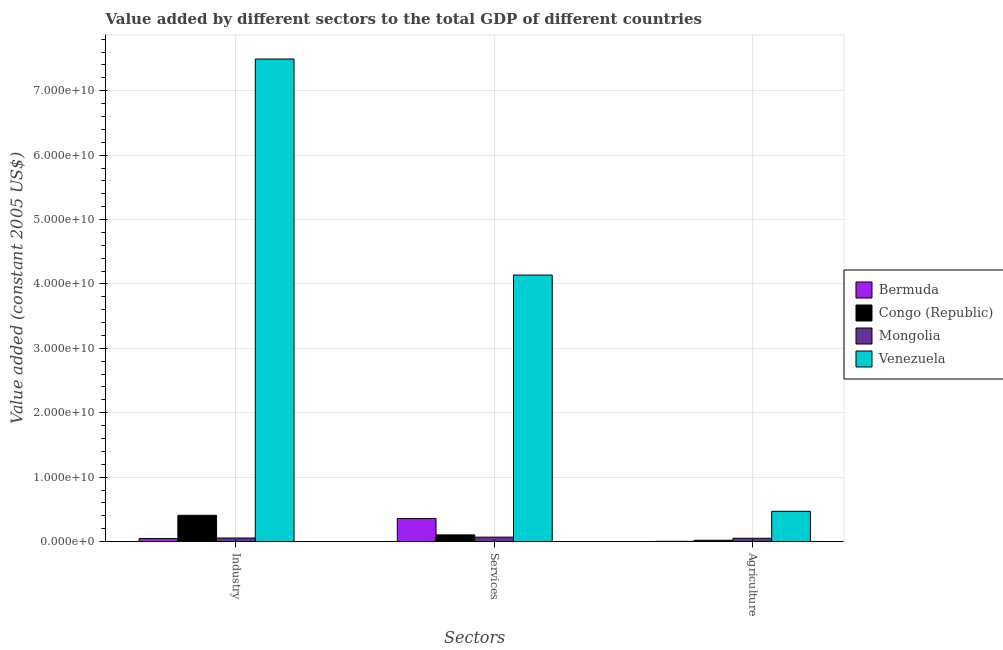
| Sectors | Bermuda | Congo (Republic) | Mongolia | Venezuela |
 | --- | --- | --- | --- | --- |
 | Industry | 4.76e+08 | 4.08e+09 | 5.49e+08 | 7.49e+10 |
 | Services | 3.57e+09 | 1.04e+09 | 6.86e+08 | 4.14e+10 |
 | Agriculture | 3.15e+07 | 2.03e+08 | 5.12e+08 | 4.7e+09 |